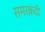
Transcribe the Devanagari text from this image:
समरक़ंदी